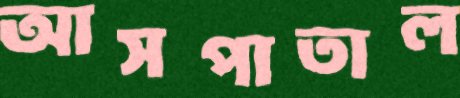
আসপাতাল